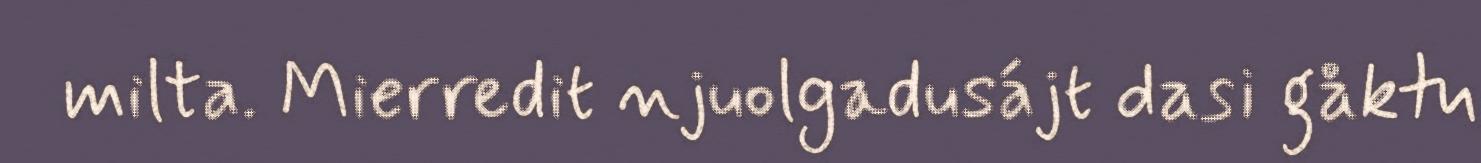
milta. Mierredit njuolgadusájt dasi gåktu